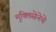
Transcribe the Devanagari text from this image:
मुक्तिसेनेचे